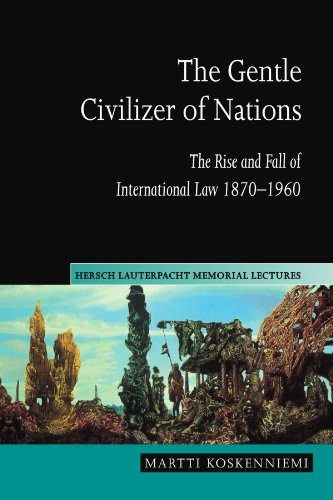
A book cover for The Gentle Civilizer of Nations: The Rise and Fall of International Law 1870-1960 (Hersch Lauterpacht Memorial Lectures); Martti Koskenniemi; Law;